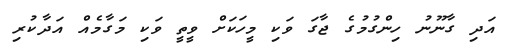
އަދި ގާނޫނު ހިންގުމުގެ ޖާގަ ވަކި މީހަކަށް ވީތީ ވަކި މަގާމެއް އަދާކުރި